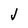
Character: V